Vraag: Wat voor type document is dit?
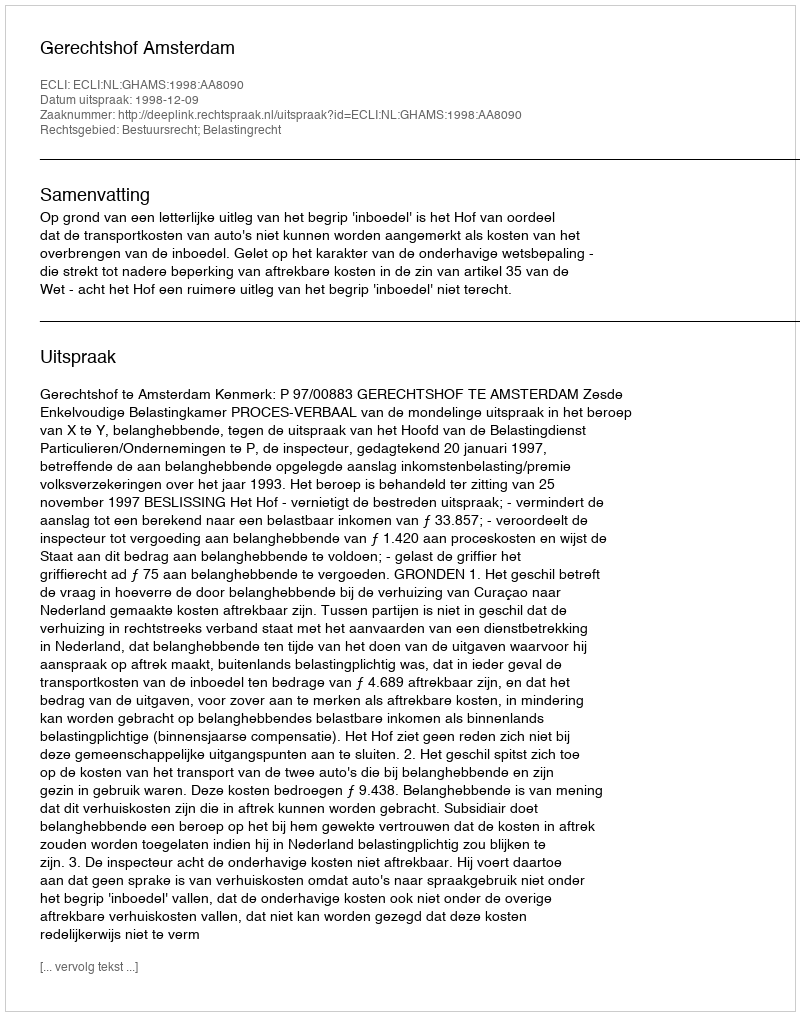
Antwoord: Uitspraak